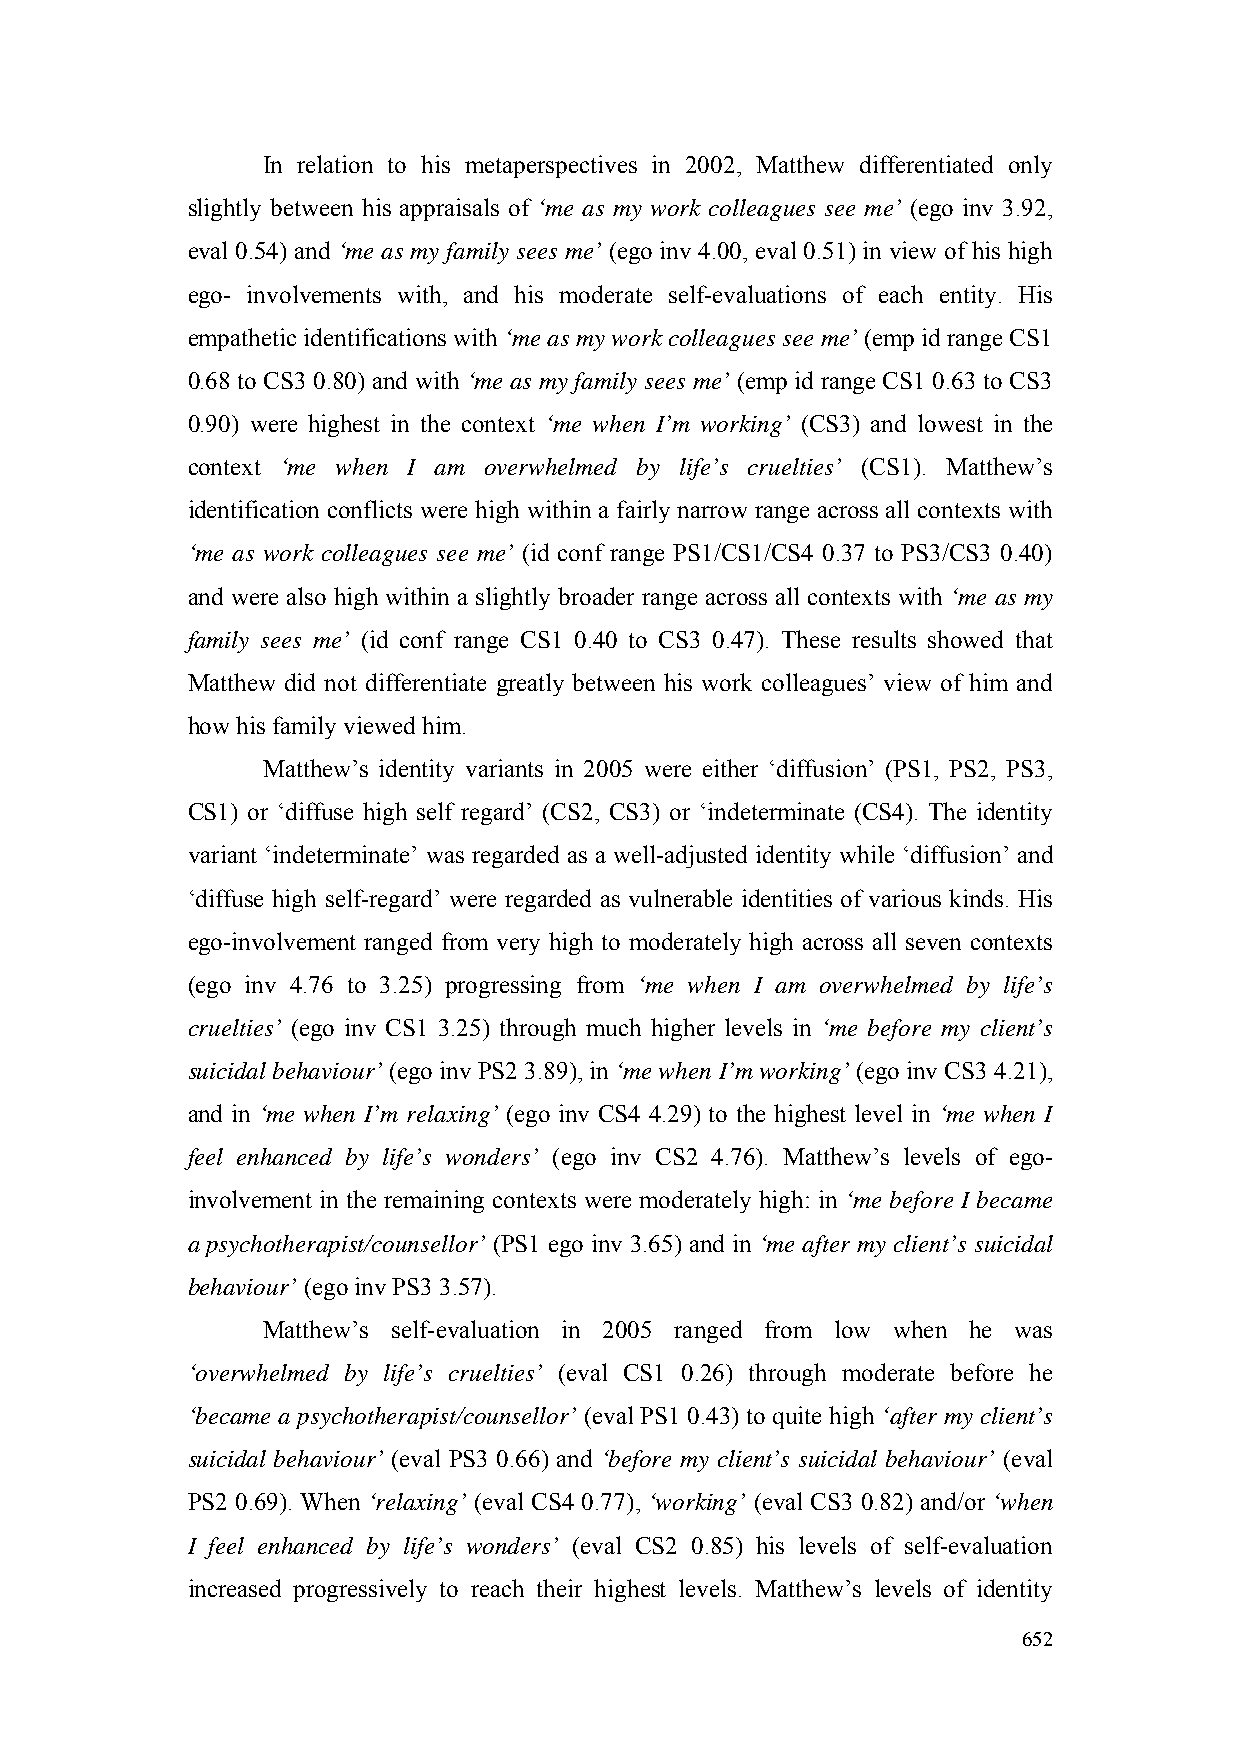
In relation to his metaperspectives in 2002, Matthew differentiated only
 slightly between his appraisals of ‘me as my work colleagues see me’ (ego inv 3.92,
 eval 0.54) and ‘me as my family sees me’ (ego inv 4.00, eval 0.51) in view of his high
 ego- involvements with, and his moderate self-evaluations of each entity. His
 empathetic identifications with ‘me as my work colleagues see me’ (emp id range CS1
 0.68 to CS3 0.80) and with ‘me as my family sees me’ (emp id range CS1 0.63 to CS3
 0.90) were highest in the context ‘me when I’m working’ (CS3) and lowest in the
 context ‘me when I am overwhelmed by life’s cruelties’ (CS1). Matthew’s
 identification conflicts were high within a fairly narrow range across all contexts with
 ‘me as work colleagues see me’ (id conf range PS1/CS1/CS4 0.37 to PS3/CS3 0.40)
 and were also high within a slightly broader range across all contexts with ‘me as my
 family sees me’ (id conf range CS1 0.40 to CS3 0.47). These results showed that
 Matthew did not differentiate greatly between his work colleagues’ view of him and
 how his family viewed him.
 Matthew’s identity variants in 2005 were either ‘diffusion’ (PS1, PS2, PS3,
 CS1) or ‘diffuse high self regard’ (CS2, CS3) or ‘indeterminate (CS4). The identity
 variant ‘indeterminate’ was regarded as a well-adjusted identity while ‘diffusion’ and
 ‘diffuse high self-regard’ were regarded as vulnerable identities of various kinds. His
 ego-involvement ranged from very high to moderately high across all seven contexts
 (ego inv 4.76 to 3.25) progressing from ‘me when I am overwhelmed by life’s
 cruelties’ (ego inv CS1 3.25) through much higher levels in ‘me before my client’s
 suicidal behaviour’ (ego inv PS2 3.89), in ‘me when I’m working’ (ego inv CS3 4.21),
 and in ‘me when I’m relaxing’ (ego inv CS4 4.29) to the highest level in ‘me when I
 feel enhanced by life’s wonders’ (ego inv CS2 4.76). Matthew’s levels of ego-
 involvement in the remaining contexts were moderately high: in ‘me before I became
 a psychotherapist/counsellor’ (PS1 ego inv 3.65) and in ‘me after my client’s suicidal
 behaviour’ (ego inv PS3 3.57).
 Matthew’s self-evaluation in 2005 ranged from low when he was
 ‘overwhelmed by life’s cruelties’ (eval CS1 0.26) through moderate before he
 ‘became a psychotherapist/counsellor’ (eval PS1 0.43) to quite high ‘after my client’s
 suicidal behaviour’ (eval PS3 0.66) and ‘before my client’s suicidal behaviour’ (eval
 PS2 0.69). When ‘relaxing’ (eval CS4 0.77), ‘working’ (eval CS3 0.82) and/or ‘when
 I feel enhanced by life’s wonders’ (eval CS2 0.85) his levels of self-evaluation
 increased progressively to reach their highest levels. Matthew’s levels of identity
 652